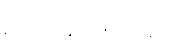
ဋ္ဌ-ပ-အုပ်-၈၉-၄၀၃။